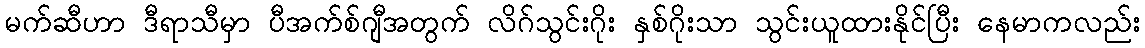
မက်ဆီဟာ ဒီရာသီမှာ ပီအက်စ်ဂျီအတွက် လိဂ်သွင်းဂိုး နှစ်ဂိုးသာ သွင်းယူထားနိုင်ပြီး နေမာကလည်း